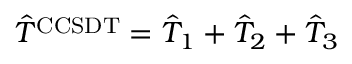
\hat { T } ^ { \mathrm { C C S D T } } = \hat { T } _ { 1 } + \hat { T } _ { 2 } + \hat { T } _ { 3 }